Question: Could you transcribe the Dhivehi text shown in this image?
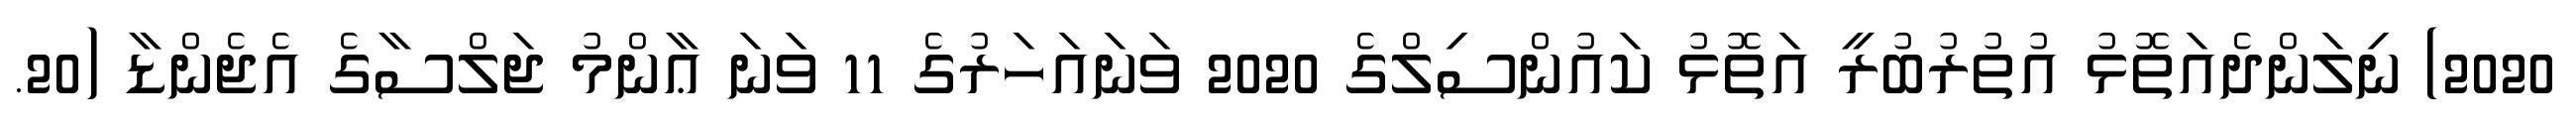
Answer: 2020) ނިލަންދެއަތޮޅު އުތުރުބުރީ އަތޮޅު ކައުންސިލްގެ 2020 ވަނައަހަރުގެ 11 ވަނަ ޢާންމު ޖަލްސާގެ އެޖެންޑާ (20.